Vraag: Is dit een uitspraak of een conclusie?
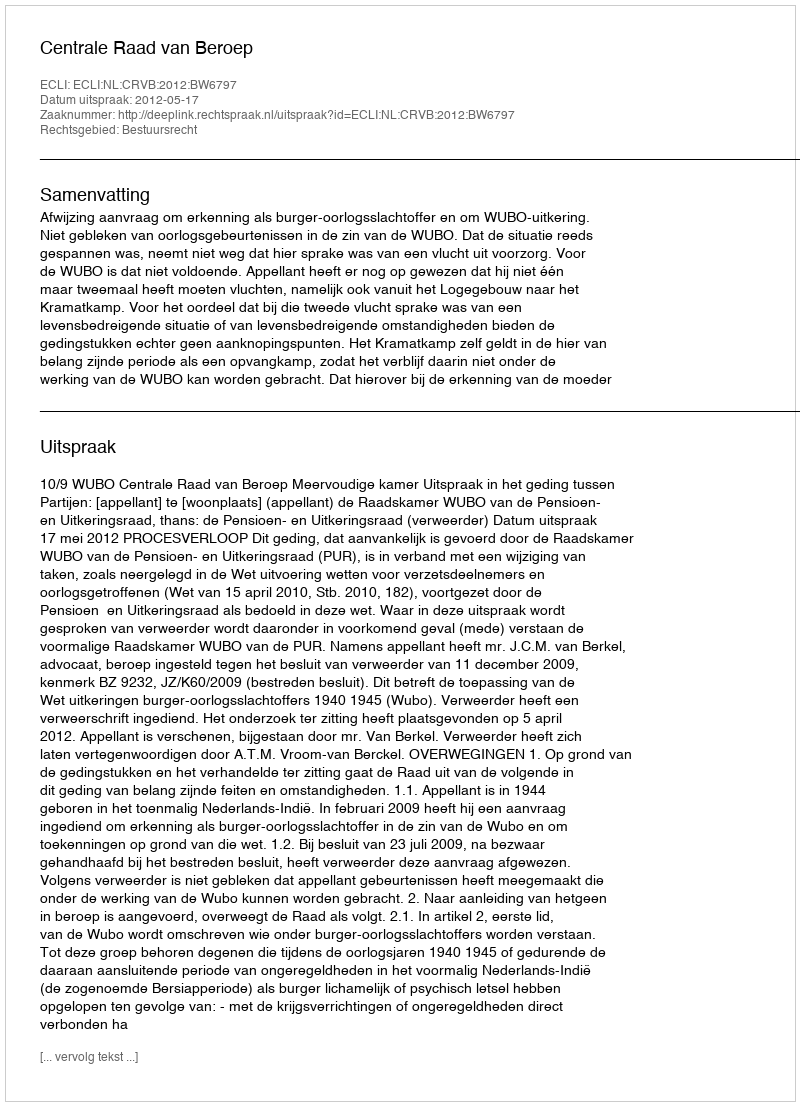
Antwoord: Uitspraak